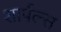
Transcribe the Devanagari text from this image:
शार्पल्स